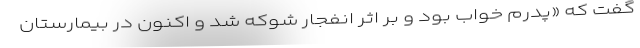
گفت که «پدرم خواب بود و بر اثر انفجار شوکه شد و اکنون در بیمارستان